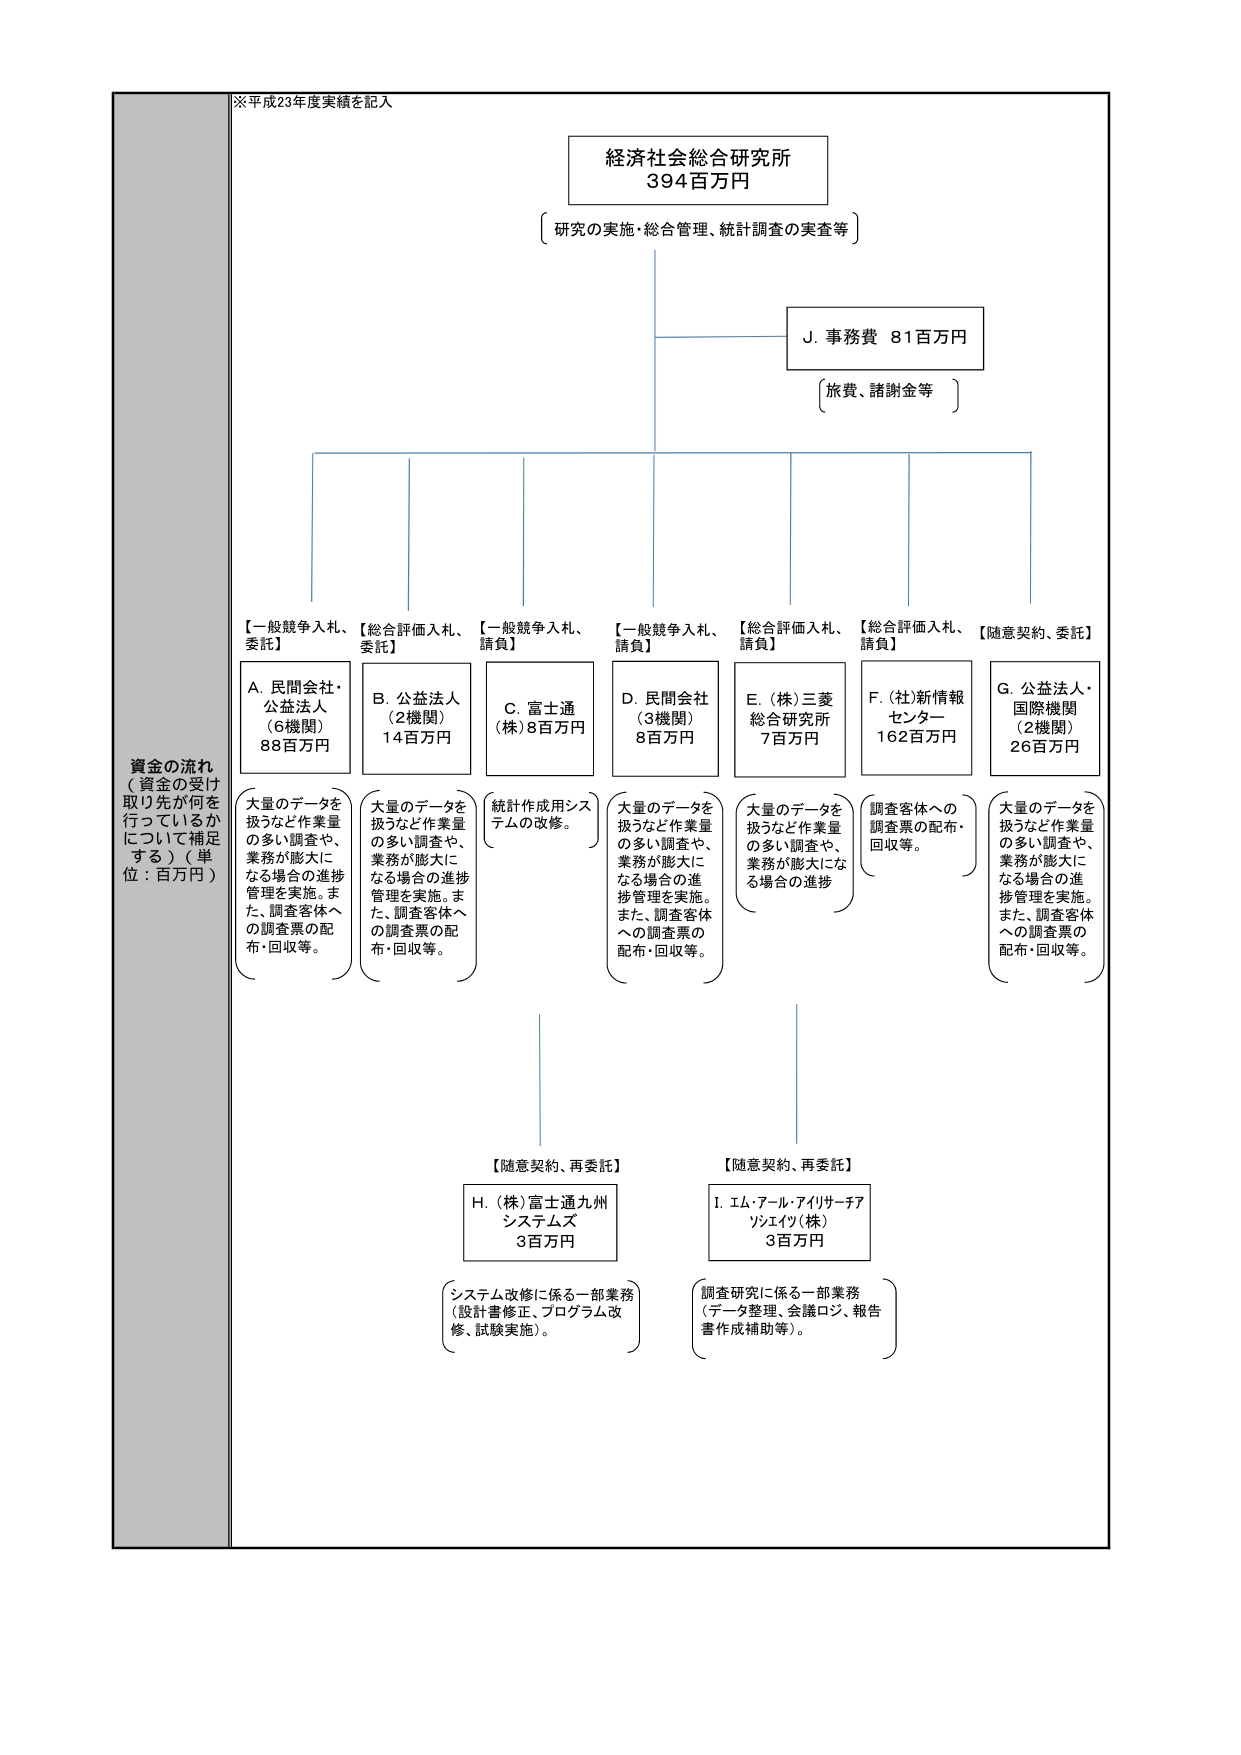
※平成23年度実績を記入

経済社会総合研究所
394百万円
〔研究の実施・総合管理、統計調査の実査等〕

J. 事務費 81百万円
〔旅費、諸謝金等〕

資金の流れ
（資金の受け取り先が何を行っているかについて補足する）（単位：百万円）

【一般競争入札、委託】
A. 民間会社・公益法人
（6機関）
88百万円
（大量のデータを扱うなど作業量の多い調査や、業務が膨大になる場合の進捗管理を実施。また、調査客体への調査票の配布・回収等。）

【総合評価入札、委託】
B. 公益法人
（2機関）
14百万円
（大量のデータを扱うなど作業量の多い調査や、業務が膨大になる場合の進捗管理を実施。また、調査客体への調査票の配布・回収等。）

【一般競争入札、請負】
C. 富士通
（株）8百万円
（統計作成用システムの改修。）

【一般競争入札、請負】
D. 民間会社
（3機関）
8百万円
（大量のデータを扱うなど作業量の多い調査や、業務が膨大になる場合の進捗管理を実施。また、調査客体への調査票の配布・回収等。）

【総合評価入札、請負】
E. （株）三菱総合研究所
7百万円
（大量のデータを扱うなど作業量の多い調査や、業務が膨大になる場合の進捗）

【総合評価入札、請負】
F. （社）新情報センター
162百万円
（調査客体への調査票の配布・回収等。）

【随意契約、委託】
G. 公益法人・国際機関
（2機関）
26百万円
（大量のデータを扱うなど作業量の多い調査や、業務が膨大になる場合の進捗管理を実施。また、調査客体への調査票の配布・回収等。）

【随意契約、再委託】
H. （株）富士通九州システムズ
3百万円
（システム改修に係る一部業務（設計書修正、プログラム改修、試験実施）。）

【随意契約、再委託】
I. エム・アール・アイサーチアソシエイツ（株）
3百万円
（調査研究に係る一部業務（データ整理、会議ロジ、報告書作成補助等）。）